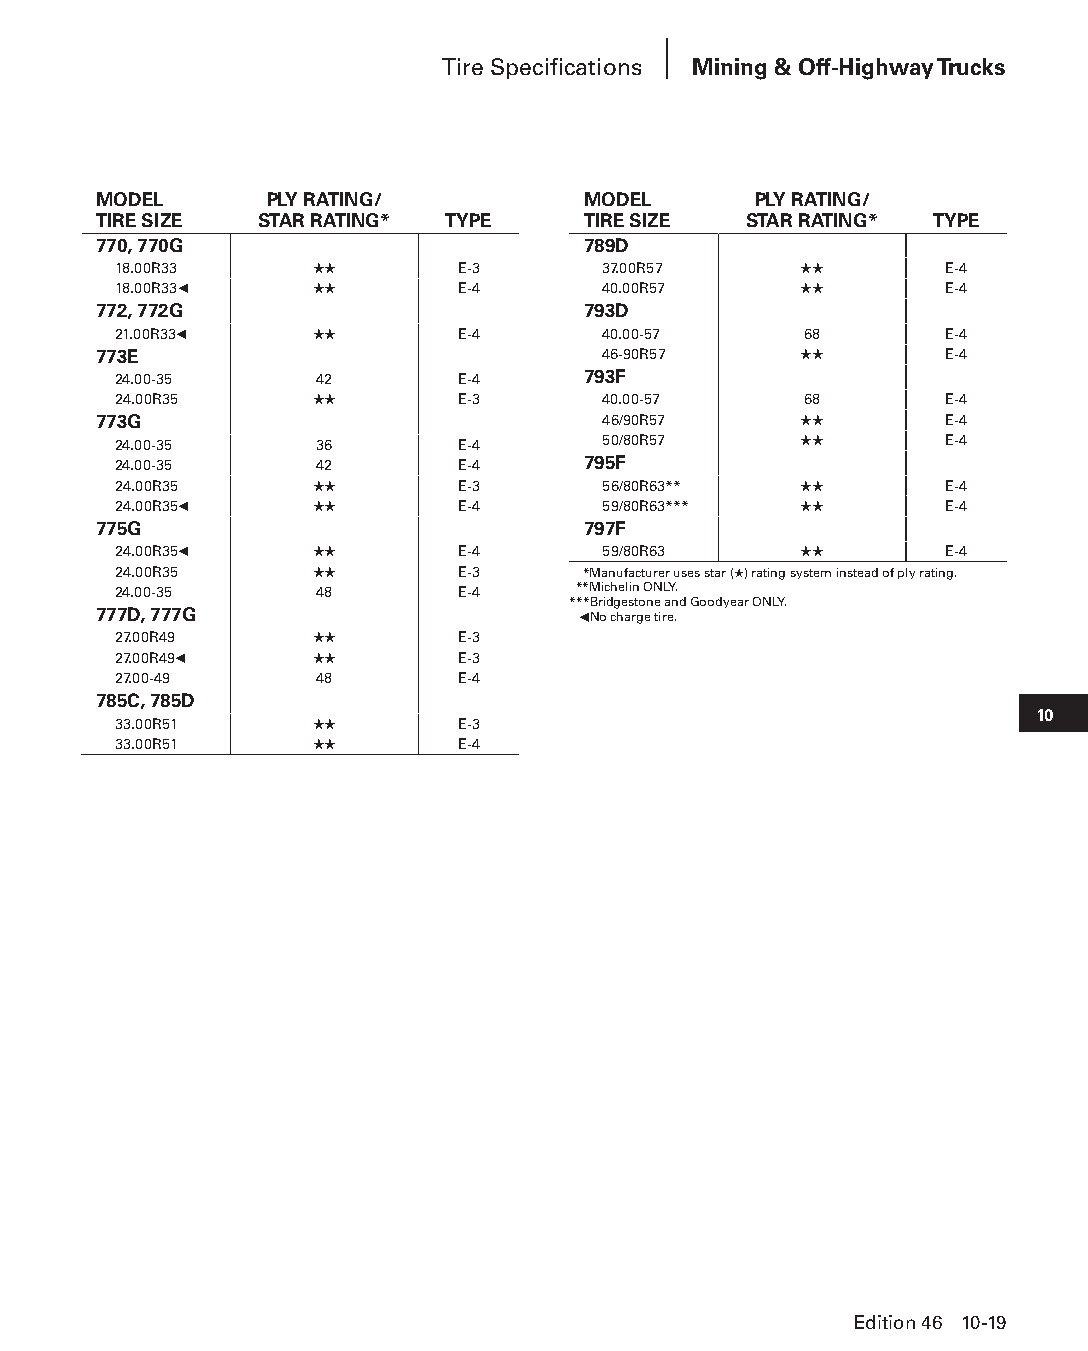
Tire Specifications Mining & Off-Highway Trucks
 MODEL      PLY RATING/          MODEL      PLY RATING/
 TIRE SIZE STAR RATING* TYPE     TIRE SIZE  STAR RATING* TYPE
 770, 770G                       789D
 18.00R33     ★★        E-3      37.00R57     ★★        E-4
 18.00R33◀    ★★        E-4      40.00R57     ★★        E-4
 772, 772G                       793D
 21.00R33◀    ★★        E-4      40.00-57      68       E-4
 773E                             46-90R57     ★★        E-4
 24.00-35     42        E-4     793F
 24.00R35     ★★        E-3      40.00-57      68       E-4
 773G                             46/90R57     ★★        E-4
 24.00-35     36        E-4      50/80R57     ★★        E-4
 24.00-35     42        E-4     795F
 24.00R35     ★★        E-3      56/80R63**   ★★        E-4
 24.00R35◀    ★★        E-4      59/80R63***  ★★        E-4
 775G                            797F
 24.00R35◀    ★★        E-4      59/80R63     ★★        E-4
 24.00R35     ★★        E-3    ***Manufacturer uses star (★) rating system instead of ply rating.
 24.00-35     48        E-4    ***Michelin ONLY.
 ***Bridgestone and Goodyear ONLY.
 777D, 777G                      ◀ No charge tire.
 27.00R49     ★★        E-3
 27.00R49◀    ★★        E-3
 27.00-49     48        E-4
 785C, 785D
 10
 33.00R51     ★★        E-3
 33.00R51     ★★        E-4
 Edition 46 10-19
 PPHHBB--SSeecc1100((ppgg0011--5522))..iinndddd 1199            1122//44//1155 1100::4444 AAMM